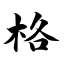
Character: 格